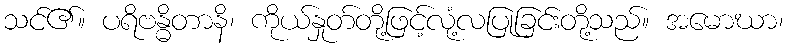
သင်၏။ ပရိဗန္ဓိတာနိ၊ ကိုယ်နှုတ်တို့ဖြင့်လုံ့လပြုခြင်းတို့သည်။ အမောဃာ၊